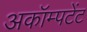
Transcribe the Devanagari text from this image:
अकॉम्पटेंट